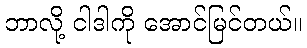
ဘာလို့ ငါဒါကို အောင်မြင်တယ်။